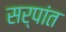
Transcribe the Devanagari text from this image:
सर्पांत